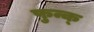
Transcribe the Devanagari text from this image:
फुन्क्